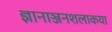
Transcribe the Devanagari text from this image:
ज्ञानाञ्जनशलाकया